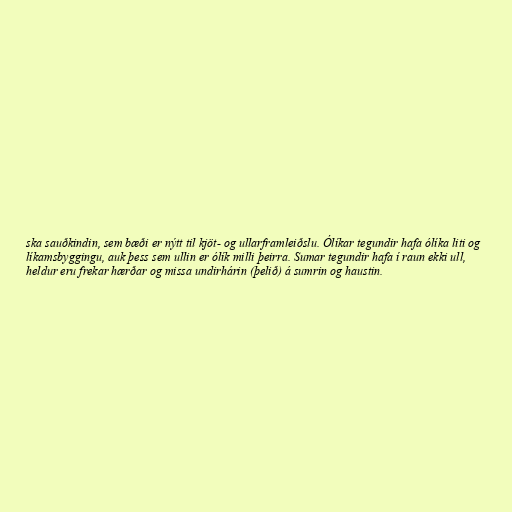
ska sauðkindin, sem bæði er nýtt til kjöt- og ullarframleiðslu. Ólíkar tegundir hafa ólíka liti og
líkamsbyggingu, auk þess sem ullin er ólík milli þeirra. Sumar tegundir hafa í raun ekki ull,
heldur eru frekar hærðar og missa undirhárin (þelið) á sumrin og haustin.